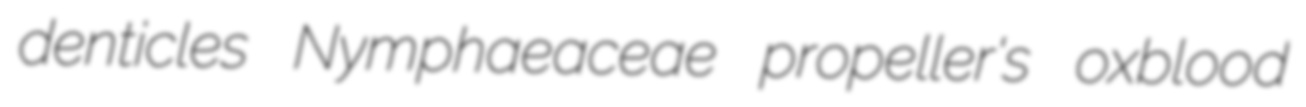
denticles Nymphaeaceae propeller's oxblood